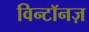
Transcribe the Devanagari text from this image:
विन्टॉनज़